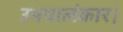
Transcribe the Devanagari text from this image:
उभयालंकार।